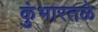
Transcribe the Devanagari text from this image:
कुंभारतळे